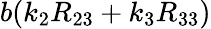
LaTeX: b(k_{2}R_{23}+k_{3}R_{33})